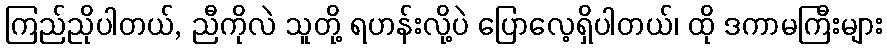
ကြည်ညိုပါတယ်, ညီကိုလဲ သူတို့ ရဟန်းလို့ပဲ ပြောလေ့ရှိပါတယ်၊ ထို ဒကာမကြီးများ